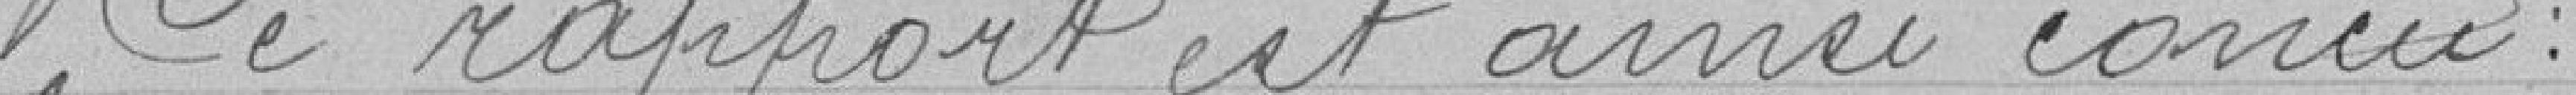
Ce rapport est ainsi conçu :